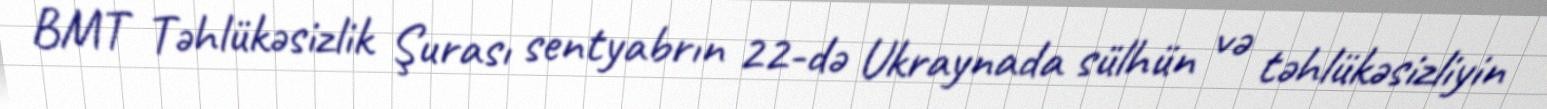
BMT Təhlükəsizlik Şurası sentyabrın 22-də Ukraynada sülhün və təhlükəsizliyin